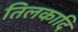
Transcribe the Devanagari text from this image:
तिलकादि